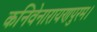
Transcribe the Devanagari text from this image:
कनिवेनारायणपुरम।